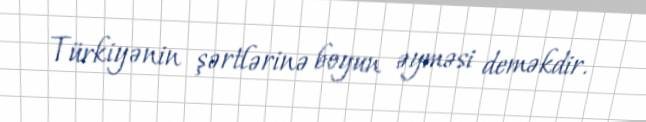
Türkiyənin şərtlərinə boyun əyməsi deməkdir.